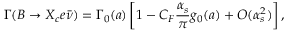
\Gamma ( B \to X _ { c } e \bar { \nu } ) = \Gamma _ { 0 } ( a ) \left[ 1 - C _ { F } \frac { \alpha _ { s } } { \pi } g _ { 0 } ( a ) + O ( \alpha _ { s } ^ { 2 } ) \right] ,